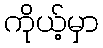
ကိုယ့်မှာ